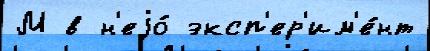
М в н'еjо́ эксп'ер'им'е́нт